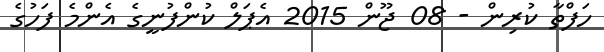
ހަފްތާ ކުރިން - 08 ޖޫން 2015 އެޕަލް ކުންފުނީގެ އެންމެ ފަހުގެ